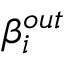
\beta _ { i } ^ { o u t }